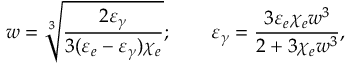
w = \sqrt [ 3 ] { \frac { 2 \varepsilon _ { \gamma } } { 3 ( \varepsilon _ { e } - \varepsilon _ { \gamma } ) \chi _ { e } } } ; \qquad \varepsilon _ { \gamma } = \frac { 3 \varepsilon _ { e } \chi _ { e } w ^ { 3 } } { 2 + 3 \chi _ { e } w ^ { 3 } } ,